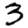
Digit: 3